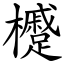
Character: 㰗